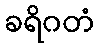
ခရိဂတံ